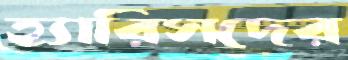
হ্যারিসদের